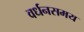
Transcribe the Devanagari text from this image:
वर्धनसमय